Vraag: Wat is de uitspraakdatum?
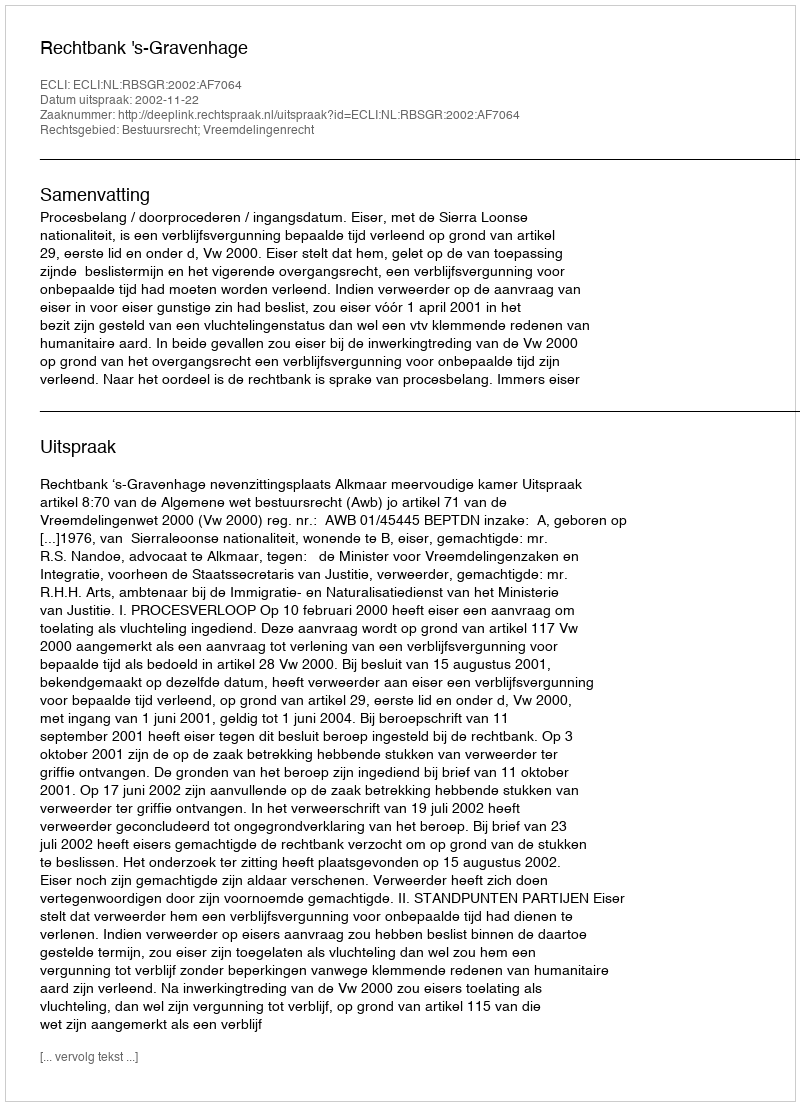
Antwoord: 2002-11-22